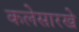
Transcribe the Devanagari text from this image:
कलेसारखे